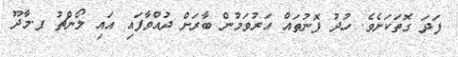
ފަދަ ގޮތަކަށެވެ. ހުދު ފޮނުތައް އަރުވަމުން ބާރަށް ދުއްވާފައި އައި ލޯންޗު ފ.މާދޫ